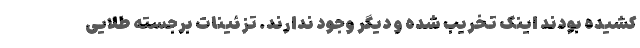
کشیده بودند اینک تخریب شده و دیگر وجود ندارند. تزئینات برجسته طلایی